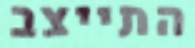
התייצב